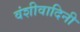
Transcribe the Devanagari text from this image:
वंशीवादिनी